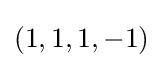
(1,1,1,-1)